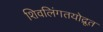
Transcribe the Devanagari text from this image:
शिवलिंगतयोद्रूत